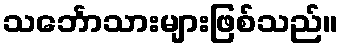
သင်္ဘောသားများဖြစ်သည်။